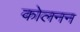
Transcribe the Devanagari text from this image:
कोलनन